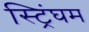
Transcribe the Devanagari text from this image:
स्ट्रिंघम